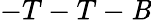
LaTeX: -T-T-\mathit{B}